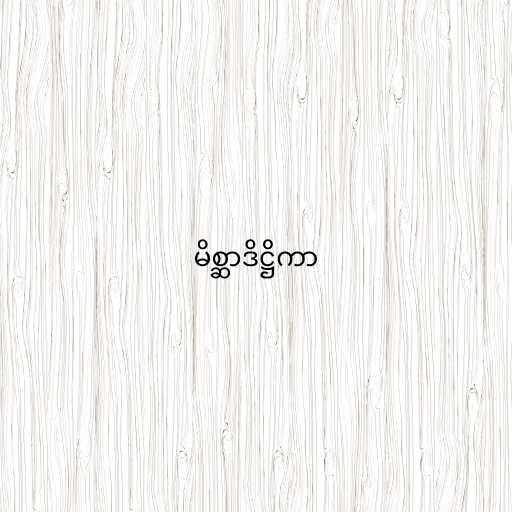
မိစ္ဆာဒိဋ္ဌိကာ